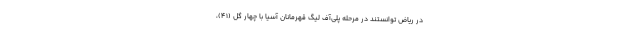
در ریاض توانستند در مرحله پلی‌آف لیگ قهرمانان آسیا با چهار گل (۴۱)،